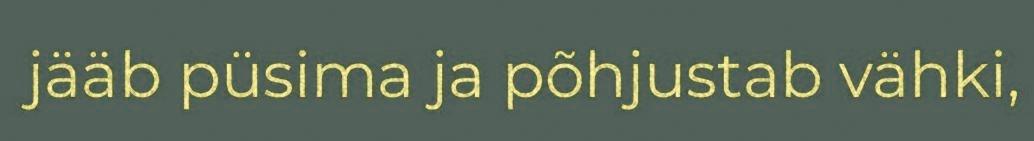
jääb püsima ja põhjustab vähki,